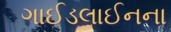
ગાઈડલાઈનના